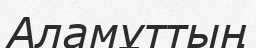
Аламұттың